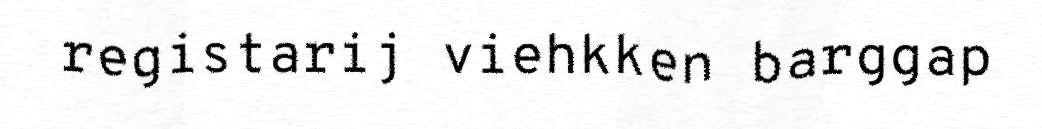
registarij viehkken barggap